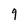
Character: q